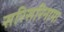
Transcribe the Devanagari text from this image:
सरिसरिनामा